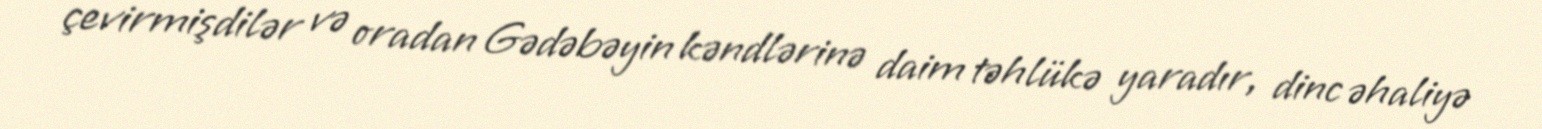
çevirmişdilər və oradan Gədəbəyin kəndlərinə daim təhlükə yaradır, dinc əhaliyə